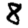
Digit: 8